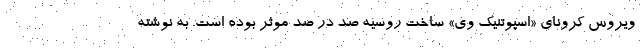
ویروس کرونای «اسپوتنیک وی» ساخت روسیه صد در صد موثر بوده است. به نوشته